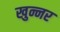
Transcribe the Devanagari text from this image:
खुन्नर